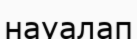
науалап